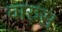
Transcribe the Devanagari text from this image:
वारुस